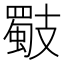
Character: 𢻧